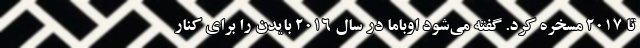
تا 2017 مسخره کرد. گفته می‌شود اوباما در سال 2016 بایدن را برای کنار